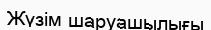
Жүзім шаруашылығы